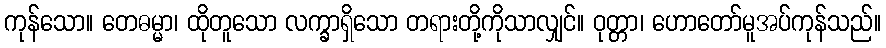
ကုန်သော။ တေဓမ္မာ၊ ထိုတူသော လက္ခာရှိသော တရားတို့ကိုသာလျှင်။ ဝုတ္တာ၊ ဟောတော်မူအပ်ကုန်သည်။